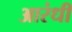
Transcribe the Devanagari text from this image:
आरंधीं